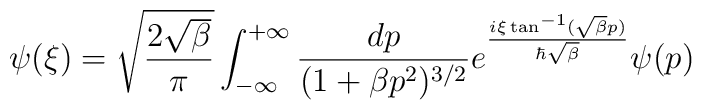
\psi({\xi}) = \sqrt{\frac{2\sqrt{\beta}}{\pi}} \int_{-\infty}^{+\infty}\frac{dp}{(1+\beta p^2)^{3/2}} e^{\frac{i{\xi} \tan^{-1}(\sqrt{\beta} p)}{\hbar \sqrt{\beta}}} \psi(p)